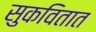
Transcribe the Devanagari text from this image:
सुकवितात